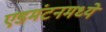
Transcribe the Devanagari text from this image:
एडमंटनमध्ये